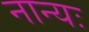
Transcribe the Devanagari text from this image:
नान्यः